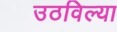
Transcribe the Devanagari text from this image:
उठविल्या